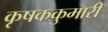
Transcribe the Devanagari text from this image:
कृषककुमारी